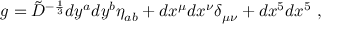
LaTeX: g = { \tilde { D } } ^ { - { \frac { 1 } { 3 } } } d y ^ { a } d y ^ { b } \eta _ { a b } + d x ^ { \mu } d x ^ { \nu } \delta _ { \mu \nu } + d x ^ { 5 } d x ^ { 5 } \ ,